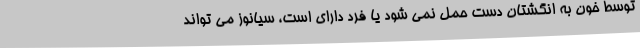
توسط خون به انگشتان دست حمل نمی شود یا فرد دارای است، سیانوز می تواند